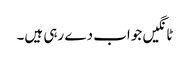
ٹانگیں جواب دے رہی ہیں۔